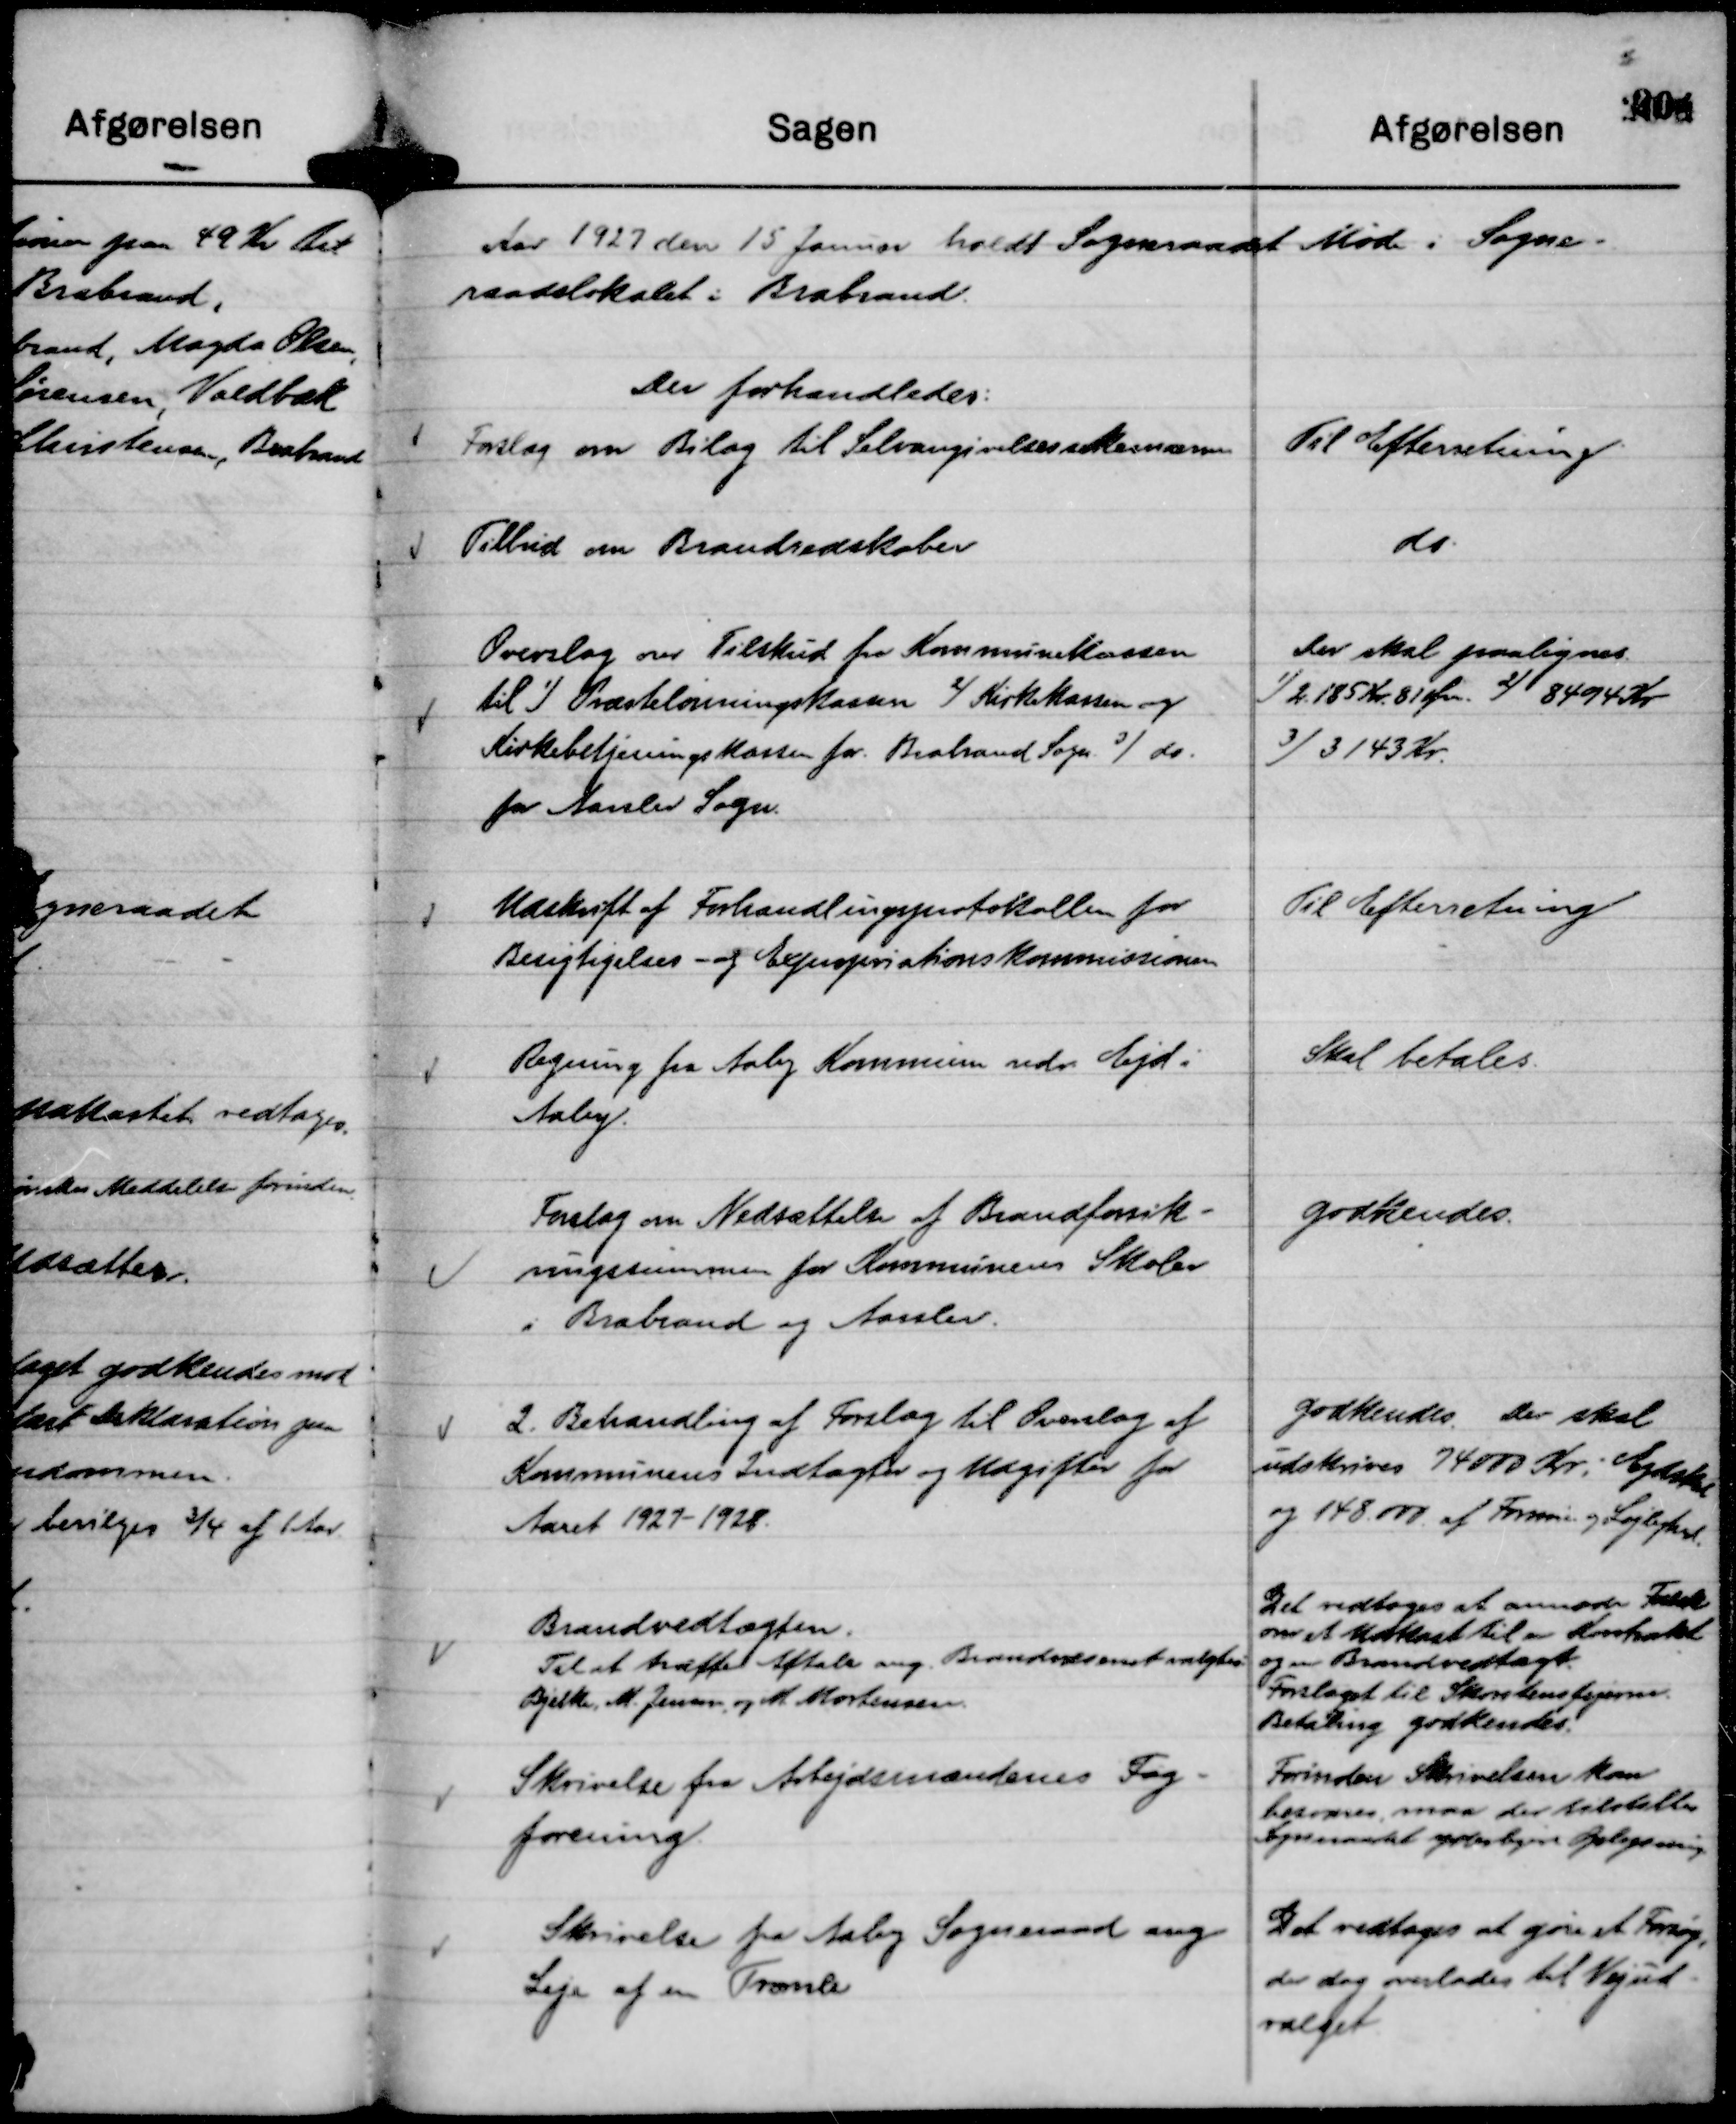
Transskription:
Aar 1927 den 15 Januar holdt Sogneraadet Møde i Sogne-
raadslokalet i Brabrand.
Der forhandledes:

Forslag om Bilag til Selvangivelsesskemaerne

Til Efterretning.

Tilbud om Brandredskaber

do.

Overslag over Tilskud fra Kommunekassen
til
1)
Præstelønningskassen
2)
Kirkekassen og
Kirkebetjeningskassen for Brabrand Sogn
3)
do.
for Aarslev Sogn.

Der skal paalignes
1)
2.185 Kr. 81 Øre.
2)
8494 Kr
3)
3143 Kr.

Udskrift af Forhandlingsprotokollen for
Besigtigelses- og Expropriationskommissionen

Til Efterretning

Regning fra Aaby Kommune vedr. Ejd. i
Aaby.

Skal betales.

Forslag om Nedsættelse af Brandforsik-
ringssummen for Kommunens Skoler
i Brabrand og Aarslev.

godkendes.

2. Behandling af Forslag til Overslag af
Kommunens Indtægter og Udgifter for
Aaret 1927 - 1928.

godkendes. Der skal
udskrives 74000 Kr i Ejdskat
og 148.000. af Formue og Lejlighed.

Brandvedtægten.
Til at træffe Aftaler ang. Brandvæsenet valgtes:
Bjelke, M. Jensen, og M Mortensen.

Det vedtoges at anmode Falck
om et Udkast til en Kontrakt
og en Brandvedtægt.
Forslaget til Skorstensfejerne.
Betaling godkendes.

Skrivelse fra Arbejdsmændenes Fag-
forening.

Forinden Skrivelsen kan
besvares maa der tilstilles
Sogneraadet yderligere Oplysning.

Skrivelse fra Aaby Sogneraad ang
Leje af en Tromle

Det vedtages at gøre et Forsøg,
der dog overlades til Vejud-
valget.